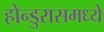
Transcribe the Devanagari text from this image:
होन्डुरासमध्ये